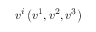
v ^ { i } \left( v ^ { 1 } , v ^ { 2 } , v ^ { 3 } \right)